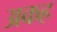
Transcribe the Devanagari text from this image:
अकह